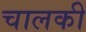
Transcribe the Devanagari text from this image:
चालकी